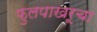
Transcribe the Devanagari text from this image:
फुलपाखरूचा